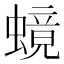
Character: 𬠧